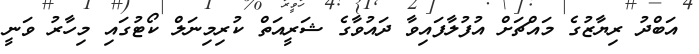
އަބްދު ރިޔާޒުގެ މައްޗަށް އުފުލާފައިވާ ދައުވާގެ ޝަރީއަތް ކުރިމިނަލް ކޯޓުގައި މިހާރު ވަނީ